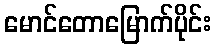
မောင်တောမြောက်ပိုင်း